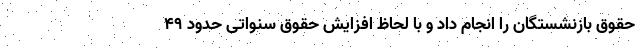
حقوق بازنشستگان را انجام داد و با لحاظ افزایش حقوق سنواتی حدود ۴۹